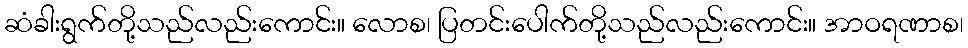
ဆံခါးရွက်တို့သည်လည်းကောင်း။ လောစ၊ ပြတင်းပေါက်တို့သည်လည်းကောင်း။ အာဝရဏာစ၊